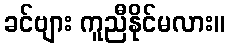
ခင်ဗျား ကူညီနိုင်မလား။